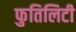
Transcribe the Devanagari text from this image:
फुतिलिटी